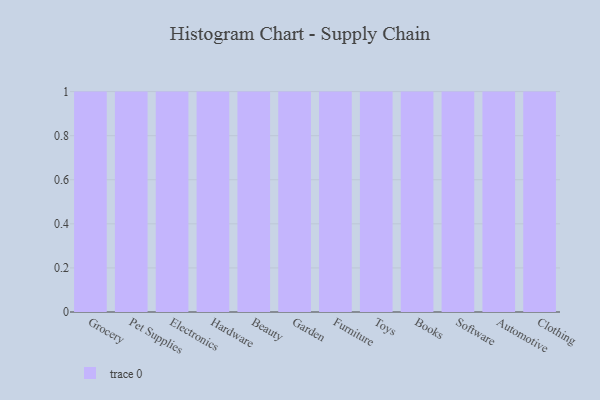
{"axis": {"x": "Category", "y": "Operating Costs (USD K)"}, "legend": [""], "data": [{"x": "Grocery", "y": 81, "type": ""}, {"x": "Pet Supplies", "y": 85, "type": ""}, {"x": "Electronics", "y": 43, "type": ""}, {"x": "Hardware", "y": 9, "type": ""}, {"x": "Beauty", "y": 91, "type": ""}, {"x": "Garden", "y": 38, "type": ""}, {"x": "Furniture", "y": 47, "type": ""}, {"x": "Toys", "y": 50, "type": ""}, {"x": "Books", "y": 50, "type": ""}, {"x": "Software", "y": 89, "type": ""}, {"x": "Automotive", "y": 2, "type": ""}, {"x": "Clothing", "y": 60, "type": ""}]}